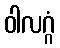
ဝါလဂ္ဂံ